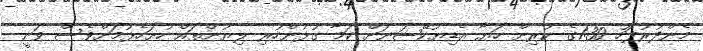
މެންދުރުފަހު 1:30ގެ ކުރިން ހަޔާ އެޑިޔުކޭޝަނަށް ކަމާ ގުޅުންހުރި ލިޔުންތައް ހުށަހެޅުމަށްވެސް ވަނީ